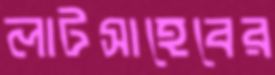
লাটসাহেবের